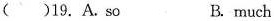
()19.A.soB.much